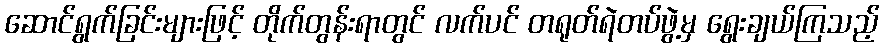
ဆောင်ရွက်ခြင်းများဖြင့် တိုက်တွန်းရာတွင် လက်ပင် တရုတ်ရဲတပ်ဖွဲ့မှ ရွေးချယ်ကြသည့်